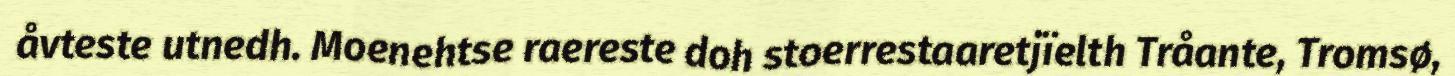
åvteste utnedh. Moenehtse raereste doh stoerrestaaretjïelth Tråante, Tromsø,